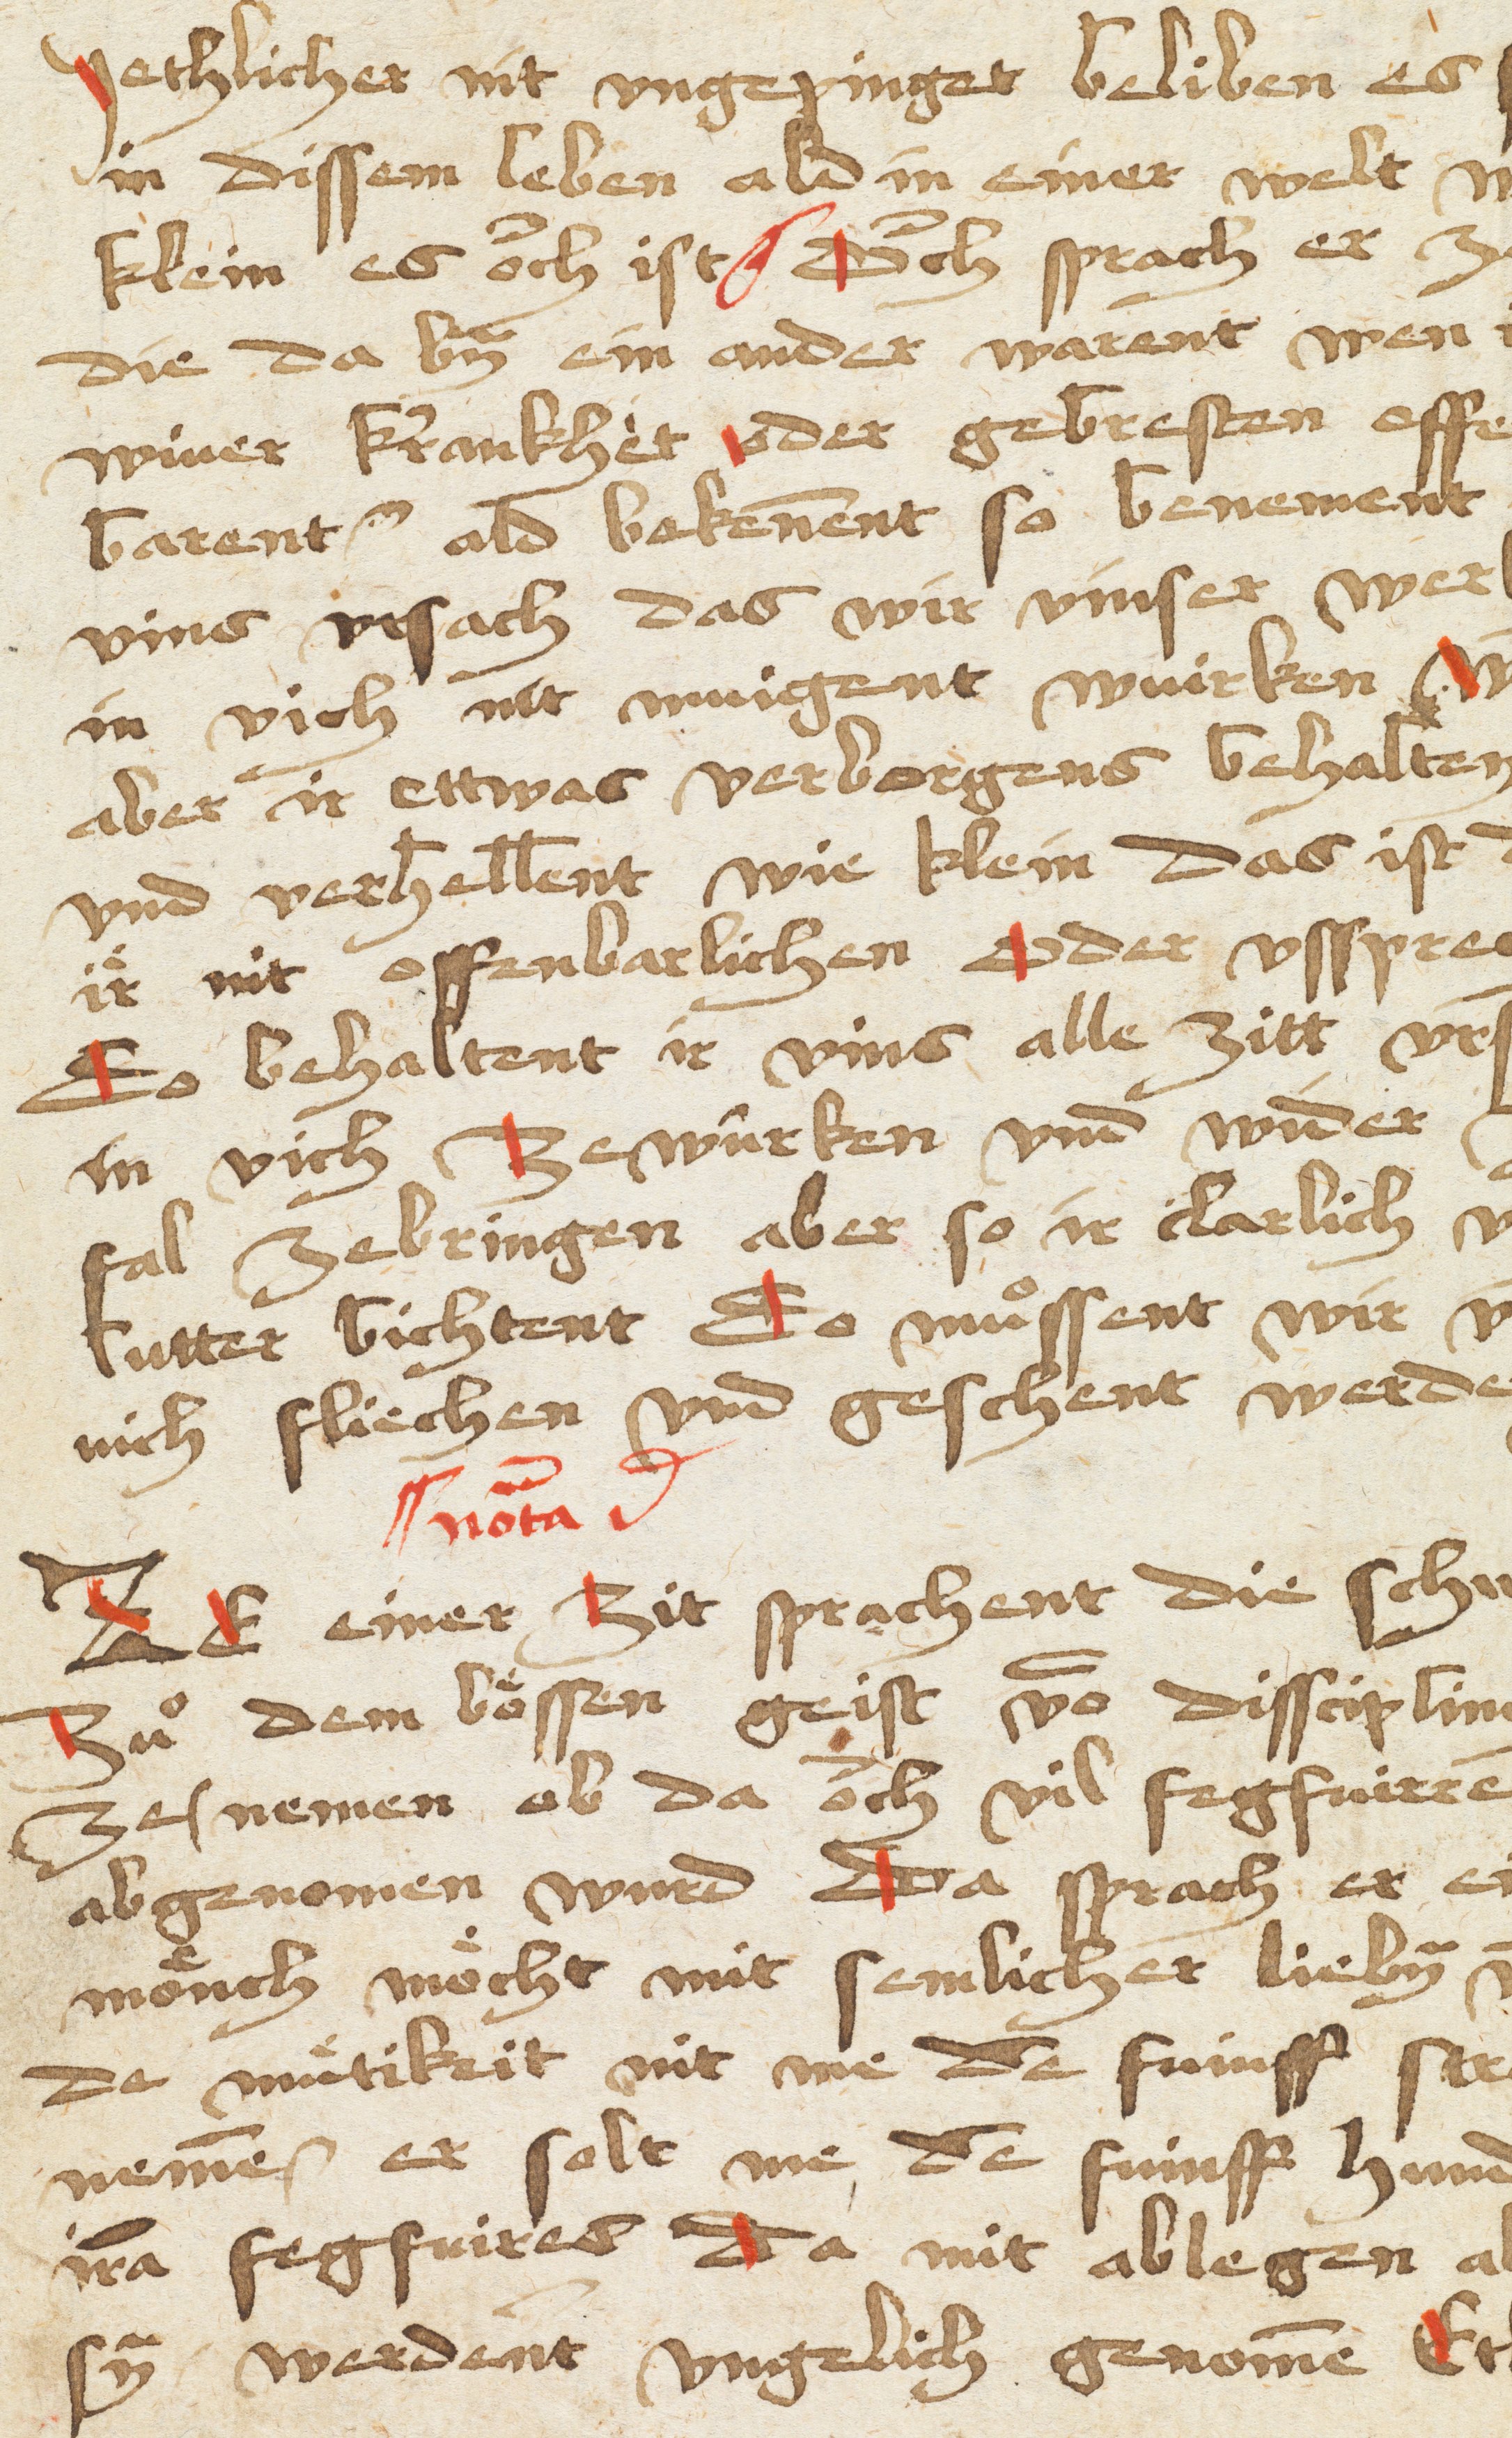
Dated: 1400–1499